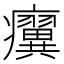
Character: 𤼌